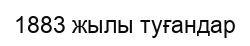
1883 жылы туғандар